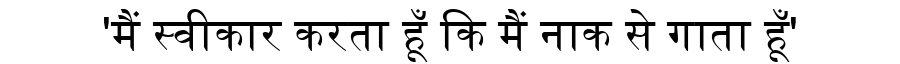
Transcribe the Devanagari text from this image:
'मैं स्वीकार करता हूँ कि मैं नाक से गाता हूँ'